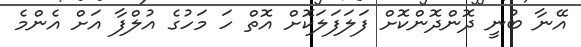
އޭނާ ބުނީ ދޮންދޮންކޮށް ފަލަފަލަކޮށް އޮތް ހަ މަހުގެ އުލްފާ އަށް އެންމެ